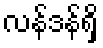
လန်ဒန်ရှိ